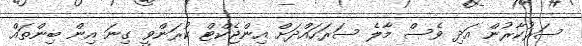
ސަރުކާރުން އަދި ވެސް މާލެ ސަރަހައްދަށް އިންޖެކްޓް ކުރަންވީ ގިނަ އިން ބިންތައް